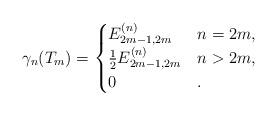
LaTeX: \begin{align*}\gamma_n(T_m)=\begin{cases}E^{(n)}_{2m-1,2m} & n=2m,\\\frac{1}{2}E^{(n)}_{2m-1,2m} & n>2m,\\0 & .\end{cases}\end{align*}